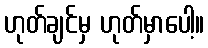
ဟုတ်ချင်မှ ဟုတ်မှာပေါ့။